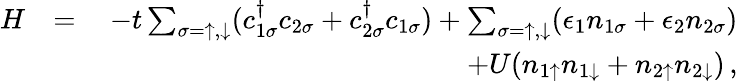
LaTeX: \begin{array}{rlr}{H}&{=}&{-t\sum_{\sigma=\uparrow,\downarrow}(c_{1\sigma}^{\dagger}c_{2\sigma}+c_{2\sigma}^{\dagger}c_{1\sigma})+\sum_{\sigma=\uparrow,\downarrow}(\epsilon_{1}n_{1\sigma}+\epsilon_{2}n_{2\sigma})}\\ &{\quad}&{+U(n_{1\uparrow}n_{1\downarrow}+n_{2\uparrow}n_{2\downarrow})\, ,}\end{array}